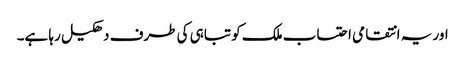
اور یہ انتقامی احتساب ملک کو تباہی کی طرف دھکیل رہا ہے۔